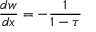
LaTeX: { \frac { d w } { d x } } = - { \frac { 1 } { 1 - \tau } }